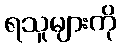
ရသူများကို